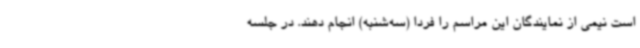
است نیمی از نمایندگان این مراسم را فردا (سه‌شنبه) انجام دهند. در جلسه